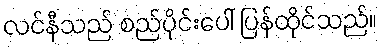
လင်နီသည် စည်ပိုင်းပေါ် ပြန်ထိုင်သည်။